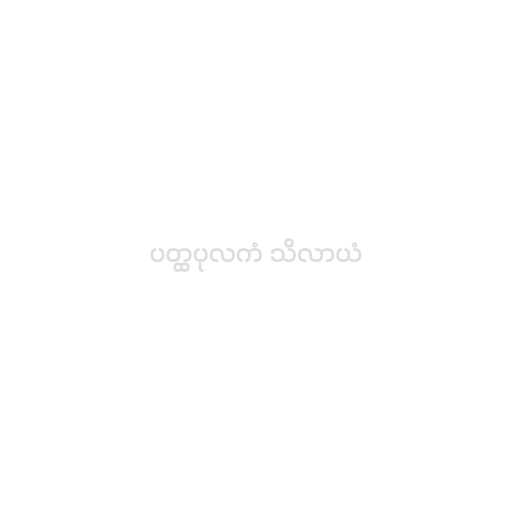
ပတ္ထပုလကံ သိလာယံ